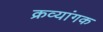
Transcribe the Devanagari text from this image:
क्रव्यांगक